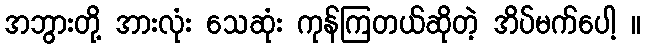
အဘွားတို့ အားလုံး သေဆုံး ကုန်ကြတယ်ဆိုတဲ့ အိပ်မက်ပေါ့ ။